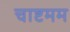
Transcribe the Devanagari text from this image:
चाष्टमम